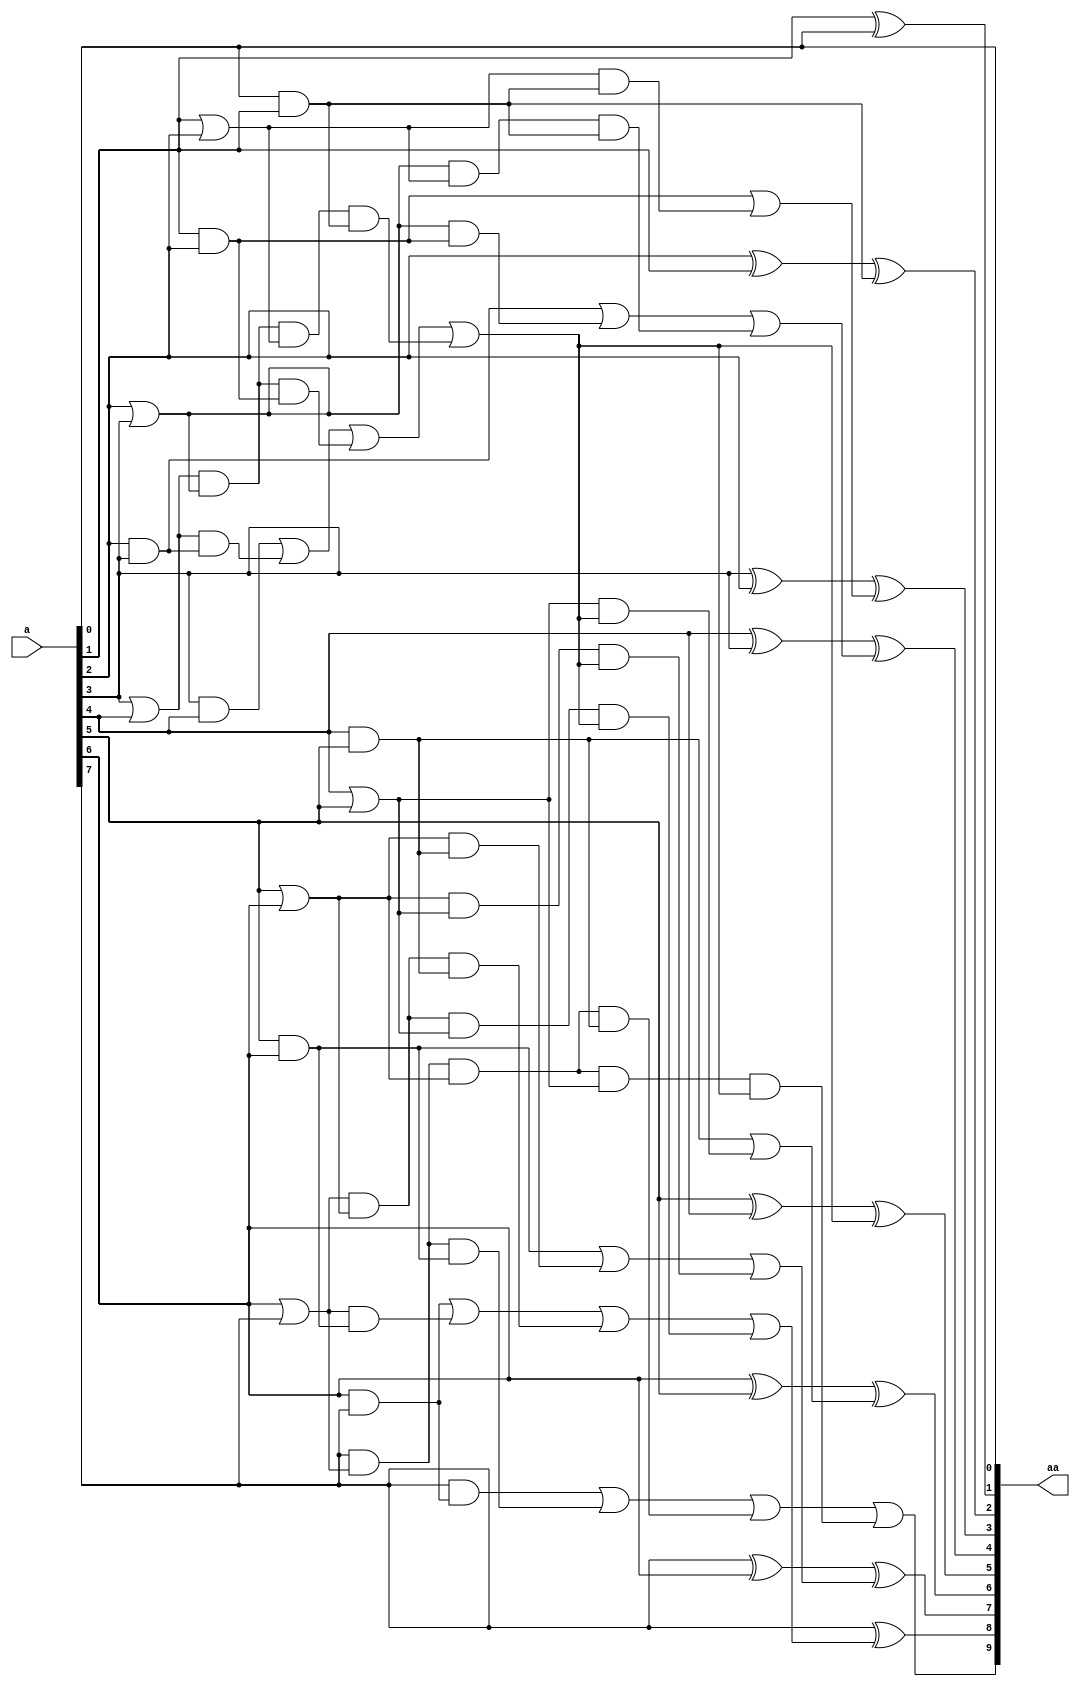
// 
//  MAC_MPEG2_AV - MPEG-2 hardware implementation for Xilinx multimedia board 
//  Copyright (C) 2007 McMaster University
// 
//==============================================================================
// 
// This file is part of MAC_MPEG2_AV
// 
// MAC_MPEG2_AV is distributed in the hope that it will be useful for further 
// research, but WITHOUT ANY WARRANTY; without even the implied warranty of 
//	MERCHANTABILITY or FITNESS FOR A PARTICULAR PURPOSE. MAC_MPEG2_AV is free; you 
// can redistribute it and/or modify it provided that proper reference is provided 
// to the authors. See the documents included in the "doc" folder for further details.
//
//==============================================================================

module adder_aa(a, aa);
	input [7:0] a;
	output [9:0] aa;
	wire [9:0] aa;
	
	wire [6:0] g;
	wire [6:1] p;
	wire [8:1] c;
	wire G0, P1;
	
	assign g[0] = a[0] & a[1];
	assign g[1] = a[1] & a[2];
	assign g[2] = a[2] & a[3];
	assign g[3] = a[3] & a[4];
	assign g[4] = a[4] & a[5];
	assign g[5] = a[5] & a[6];
	assign g[6] = a[6] & a[7];
	//note: g[7] is 0 because a[8] would be 0
	
	assign p[1] = a[1] | a[2];
	assign p[2] = a[2] | a[3];
	assign p[3] = a[3] | a[4];
	assign p[4] = a[4] | a[5];
	assign p[5] = a[5] | a[6];
	assign p[6] = a[6] | a[7];
	//note: p[7] is really just a[7] since a[8] would be 0
	
	assign G0 = g[3] | ( p[3] & g[2] ) | ( p[3] & p[2] & g[1] ) | ( p[3] & p[2] & p[1] & g[0] );
	assign P1 = a[7] & p[6] & p[5] & p[4];
	
	//note that c[0] is assumed to be 0 since unsigned adding
	assign c[1] = g[0];
	assign c[2] = g[1] | ( p[1] & g[0] );
	assign c[3] = g[2] | ( p[2] & g[1] ) | ( p[2] & p[1] & g[0] );
	
	assign c[4] = G0;
	assign c[5] = g[4] | ( p[4] & G0 );
	assign c[6] = g[5] | ( p[5] & g[4] ) | ( p[5] & p[4] & G0 );
	assign c[7] = g[6] | ( p[6] & g[5] ) | ( p[6] & p[5] & g[4] ) | ( p[6] & p[5] & p[4] & G0 );
	
	//a[7] is p[7]
	assign c[8] = ( a[7] & g[6] ) | ( a[7] & p[6] & g[5] ) | ( a[7] & p[6] & p[5] & g[4] ) | ( P1 & G0);
	
	
	assign aa[0] = a[0]; // bottom digit is not part of the adder
	assign aa[1] = a[1] ^ a[0]; // ^ c[0] which is 0
	assign aa[2] = a[2] ^ a[1] ^ c[1];
	assign aa[3] = a[3] ^ a[2] ^ c[2];
	assign aa[4] = a[4] ^ a[3] ^ c[3];
	assign aa[5] = a[5] ^ a[4] ^ c[4];
	assign aa[6] = a[6] ^ a[5] ^ c[5];
	assign aa[7] = a[7] ^ a[6] ^ c[6];
	assign aa[8] = a[7] ^ c[7]; // ^ a[8] which is 0
	assign aa[9] = c[8]; //upper digit is just catching overflow
	
endmodule